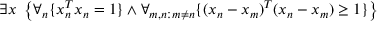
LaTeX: \exists x \ \left\{ \forall _ { n } \{ x _ { n } ^ { T } x _ { n } = 1 \} \land \forall _ { m , n : m \neq n } \{ ( x _ { n } - x _ { m } ) ^ { T } ( x _ { n } - x _ { m } ) \geq 1 \} \right\}